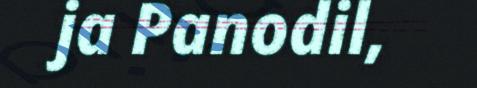
ja Panodil,